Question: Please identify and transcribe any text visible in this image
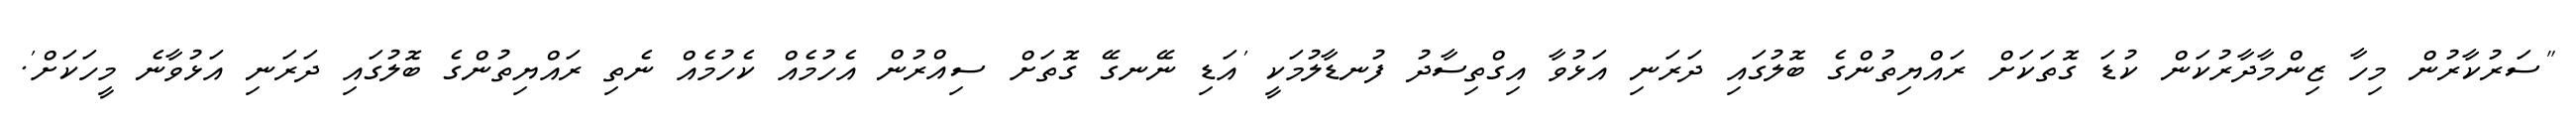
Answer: "ސަރުކާރުން މިހާ ޒިންމާދާރުކަން ކުޑަ ގޮތަކަށް ރައްޔިތުންގެ ބޮލުގައި ދަރަނި އަޅުވާ އިގްތިސާދު ފުނޑާލުމަކީ 'އަޑި ނޭނގޭ ގޮތަށް ސިއްރުން އެހުމެއް ކެހުމެއް ނެތި ރައްޔިތުންގެ ބޮލުގައި ދަރަނި އަޅުވާނެ މީހަކަށް'.